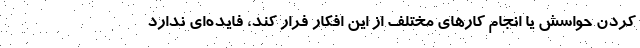
کردن حواسش یا انجام کارهای مختلف از این افکار فرار کند، فایده‌ای ندارد